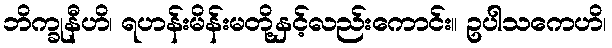
ဘိက္ခုနီဟိ၊ ရဟန်းမိန်းမတို့နှင့်လည်းကောင်း။ ဥပါသကေဟိ၊